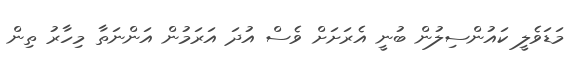
މަޑަވެލީ ކައުންސިލުން ބުނީ އެރަށަށް ވެސް އުދަ އަރަމުން އަންނަތާ މިހާރު ތިން